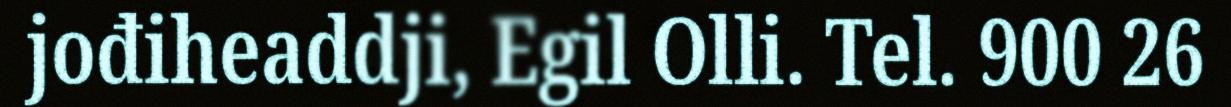
jođiheaddji, Egil Olli. Tel. 900 26